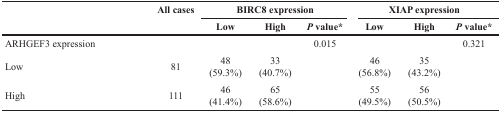
<table><thead><tr><td rowspan="2"></td><td rowspan="2"><b>All cases</b></td><td colspan="3"><b>BIRC8 expression</b></td><td colspan="3"><b>XIAP expression</b></td></tr><tr><td><b>Low</b></td><td><b>High</b></td><td><b><i>P</i> value<sup>*</sup></b></td><td><b>Low</b></td><td><b>High</b></td><td><b><i>P</i> value<sup>*</sup></b></td></tr></thead><tbody><tr><td>ARHGEF3 expression</td><td></td><td></td><td></td><td>0.015</td><td></td><td></td><td>0.321</td></tr><tr><td>Low</td><td>81</td><td>48 (59.3%)</td><td>33 (40.7%)</td><td></td><td>46 (56.8%)</td><td>35 (43.2%)</td><td></td></tr><tr><td>High</td><td>111</td><td>46 (41.4%)</td><td>65 (58.6%)</td><td></td><td>55 (49.5%)</td><td>56 (50.5%)</td><td></td></tr></tbody></table>